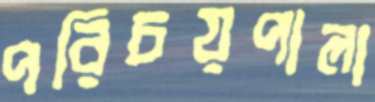
পরিচয়পালা